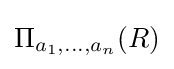
\Pi _{a_{1},\ldots ,a_{n}}(R)